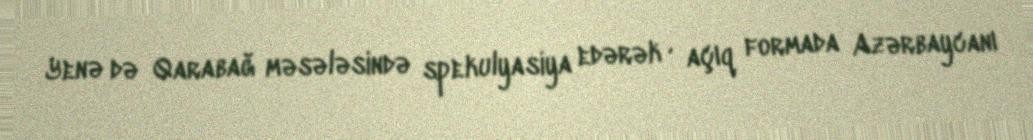
Yenə də Qarabağ məsələsində spekulyasiya edərək , açıq formada Azərbaycanı